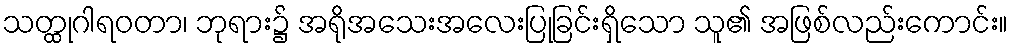
သတ္ထုဂါရဝတာ၊ ဘုရား၌ အရိုအသေးအလေးပြုခြင်းရှိသော သူ၏ အဖြစ်လည်းကောင်း။